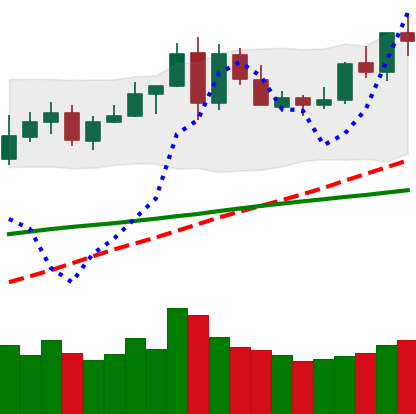
Ticker: LINK-USD
Chart end date: 2020-05-31
Forward return: 5.993%
Label: up_5_7